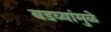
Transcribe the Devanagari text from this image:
बडव्यांमुळे